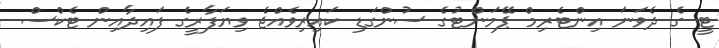
ޓީ ގެ ދެވަނަ އިންޓެރިމް ޕޭމަންޓުގެ ސުންގަޑި ކައިރިވެއްޖެ ވިޔަފާރީގެ ފައިދާއިން ޓެކްސް